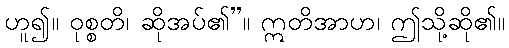
ဟူ၍။ ဝုစ္စတိ၊ ဆိုအပ်၏”။ ဣတိအာဟ၊ ဤသို့ဆို၏။